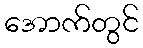
အောက်တွင်